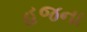
હજના